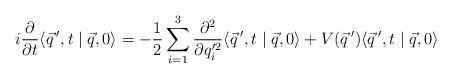
LaTeX: \begin{align*} i \frac{\partial}{\partial t} \langle \vec q\,',t\mid \vec q,0 \rangle = -\frac{1}{2} \sum_{i=1}^3 \frac{\partial^2}{\partial q'^2_i} \langle \vec q\,',t\mid \vec q,0 \rangle + V(\vec q\,') \langle \vec q\,',t\mid \vec q,0 \rangle\end{align*}